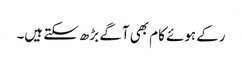
رکے ہوئے کام بھی آگے بڑھ سکتے ہیں۔